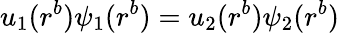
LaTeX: u_{1}(r^{b})\psi_{1}(r^{b})=u_{2}(r^{b})\psi_{2}(r^{b})